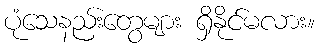
ပုံသေနည်းတွေများ ရှိနိုင်မလား။